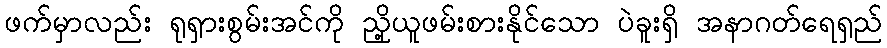
ဖက်မှာလည်း ရုရှားစွမ်းအင်ကို ညှို့ယူဖမ်းစားနိုင်သော ပဲခူးရှိ အနာဂတ်ရေရှည်